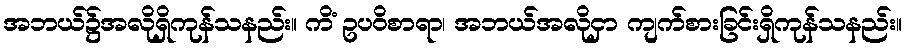
အဘယ်၌အလိုရှိကုန်သနည်း။ ကိံ ဥပဝိစာရာ၊ အဘယ်အလိုငှာ ကျက်စားခြင်းရှိကုန်သနည်း။